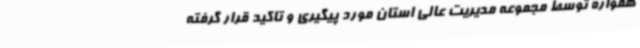
همواره توسط مجموعه مدیریت عالی استان مورد پیگیری و تاکید قرار گرفته